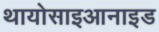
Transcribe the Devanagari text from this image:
थायोसाइआनाइड